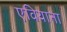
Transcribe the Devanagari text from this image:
एवियाना